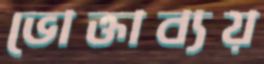
ভোক্তাব্যয়